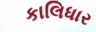
કાલિધાર